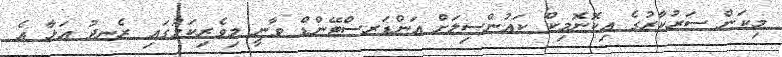
މިކަން ސަރުކާރުގެ އިކޮނޮމިކް ކައުންސިލަށް އަންޑަރސްޓޭންޑް ވާނީ މިވެރިކަމުގައި ރެނދު އަޅާ އެ